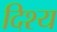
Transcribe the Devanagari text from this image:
दिश्य